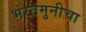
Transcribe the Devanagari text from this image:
भरतमुनीचा